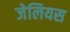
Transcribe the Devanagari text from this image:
जेलियस